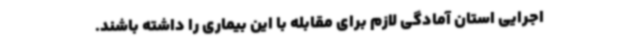
اجرایی استان آمادگی لازم برای مقابله با این بیماری را داشته باشند.